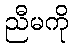
ညီမကို